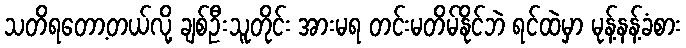
သတိရတော့တယ်လို့ ချစ်ဦးသူတိုင်း အားမရ တင်းမတိမ်နိုင်ဘဲ ရင်ထဲမှာ မုန့်နန့်ခံစား